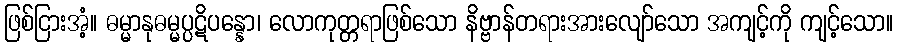
ဖြစ်ငြားအံ့။ ဓမ္မာနုဓမ္မပ္ပဋိပန္နော၊ လောကုတ္တရာဖြစ်သော နိဗ္ဗာန်တရားအားလျော်သော အကျင့်ကို ကျင့်သော။